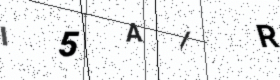
Text: I5AIR